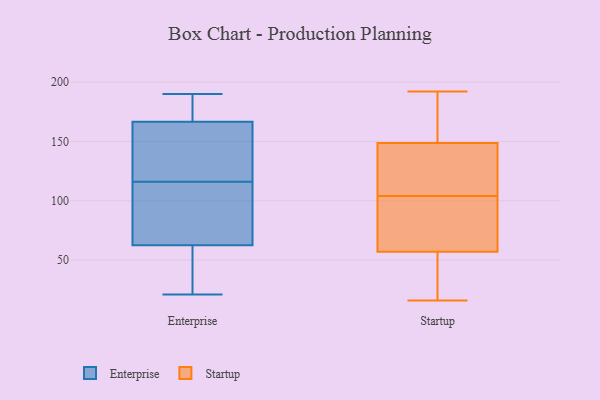
{"axis": {"x": "Customer Acquisition Cost (USD)", "y": "Value"}, "legend": ["Enterprise", "Startup"], "data": [{"x": "", "y": 99, "type": "Enterprise"}, {"x": "", "y": 63, "type": "Enterprise"}, {"x": "", "y": 164, "type": "Enterprise"}, {"x": "", "y": 85, "type": "Enterprise"}, {"x": "", "y": 130, "type": "Enterprise"}, {"x": "", "y": 181, "type": "Enterprise"}, {"x": "", "y": 52, "type": "Enterprise"}, {"x": "", "y": 187, "type": "Enterprise"}, {"x": "", "y": 21, "type": "Enterprise"}, {"x": "", "y": 119, "type": "Enterprise"}, {"x": "", "y": 49, "type": "Enterprise"}, {"x": "", "y": 155, "type": "Enterprise"}, {"x": "", "y": 62, "type": "Enterprise"}, {"x": "", "y": 190, "type": "Enterprise"}, {"x": "", "y": 113, "type": "Enterprise"}, {"x": "", "y": 40, "type": "Enterprise"}, {"x": "", "y": 170, "type": "Enterprise"}, {"x": "", "y": 169, "type": "Enterprise"}, {"x": "", "y": 144, "type": "Enterprise"}, {"x": "", "y": 86, "type": "Enterprise"}, {"x": "", "y": 151, "type": "Startup"}, {"x": "", "y": 148, "type": "Startup"}, {"x": "", "y": 161, "type": "Startup"}, {"x": "", "y": 192, "type": "Startup"}, {"x": "", "y": 131, "type": "Startup"}, {"x": "", "y": 54, "type": "Startup"}, {"x": "", "y": 85, "type": "Startup"}, {"x": "", "y": 142, "type": "Startup"}, {"x": "", "y": 72, "type": "Startup"}, {"x": "", "y": 39, "type": "Startup"}, {"x": "", "y": 144, "type": "Startup"}, {"x": "", "y": 104, "type": "Startup"}, {"x": "", "y": 89, "type": "Startup"}, {"x": "", "y": 151, "type": "Startup"}, {"x": "", "y": 33, "type": "Startup"}, {"x": "", "y": 16, "type": "Startup"}, {"x": "", "y": 58, "type": "Startup"}]}